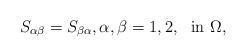
LaTeX: \begin{align*} S_{\alpha \beta} = S_{\beta \alpha}, \alpha, \beta =1,2, \ \ \hbox{in } \Omega,\end{align*}